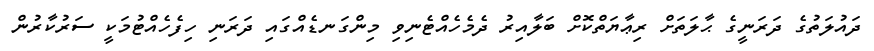
ދައުލަތުގެ ދަރަނީގެ ޙާލަތަށް ރިޢާޔަތްކޮށް ބަލާއިރު ދެމެހެއްޓެނިވި މިންގަނޑެއްގައި ދަރަނި ހިފެހެއްޓުމަކީ ސަރުކާރުން